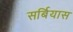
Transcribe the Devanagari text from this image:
सर्बियास